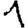
Digit: 1